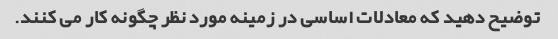
توضیح دهید که معادلات اساسی در زمینه مورد نظر چگونه کار می کنند.